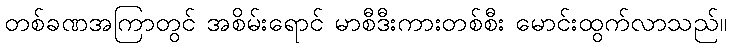
တစ်ခဏအကြာတွင် အစိမ်းရောင် မာစီဒီးကားတစ်စီး မောင်းထွက်လာသည်။